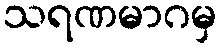
သရဏမာဂမှ